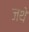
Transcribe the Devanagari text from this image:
जथे